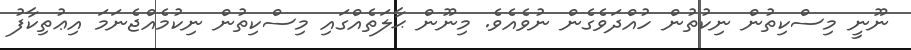
ނޫނީ މިސްކިތުން ނިކުތުން ހުއްދަވެގެން ނުވެއެވެ. މިނޫން ޙާލަތެއްގައި މިސްކިތުން ނިކުމެއްޖެނަމަ އިޢުތިކާފު